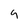
Character: 9